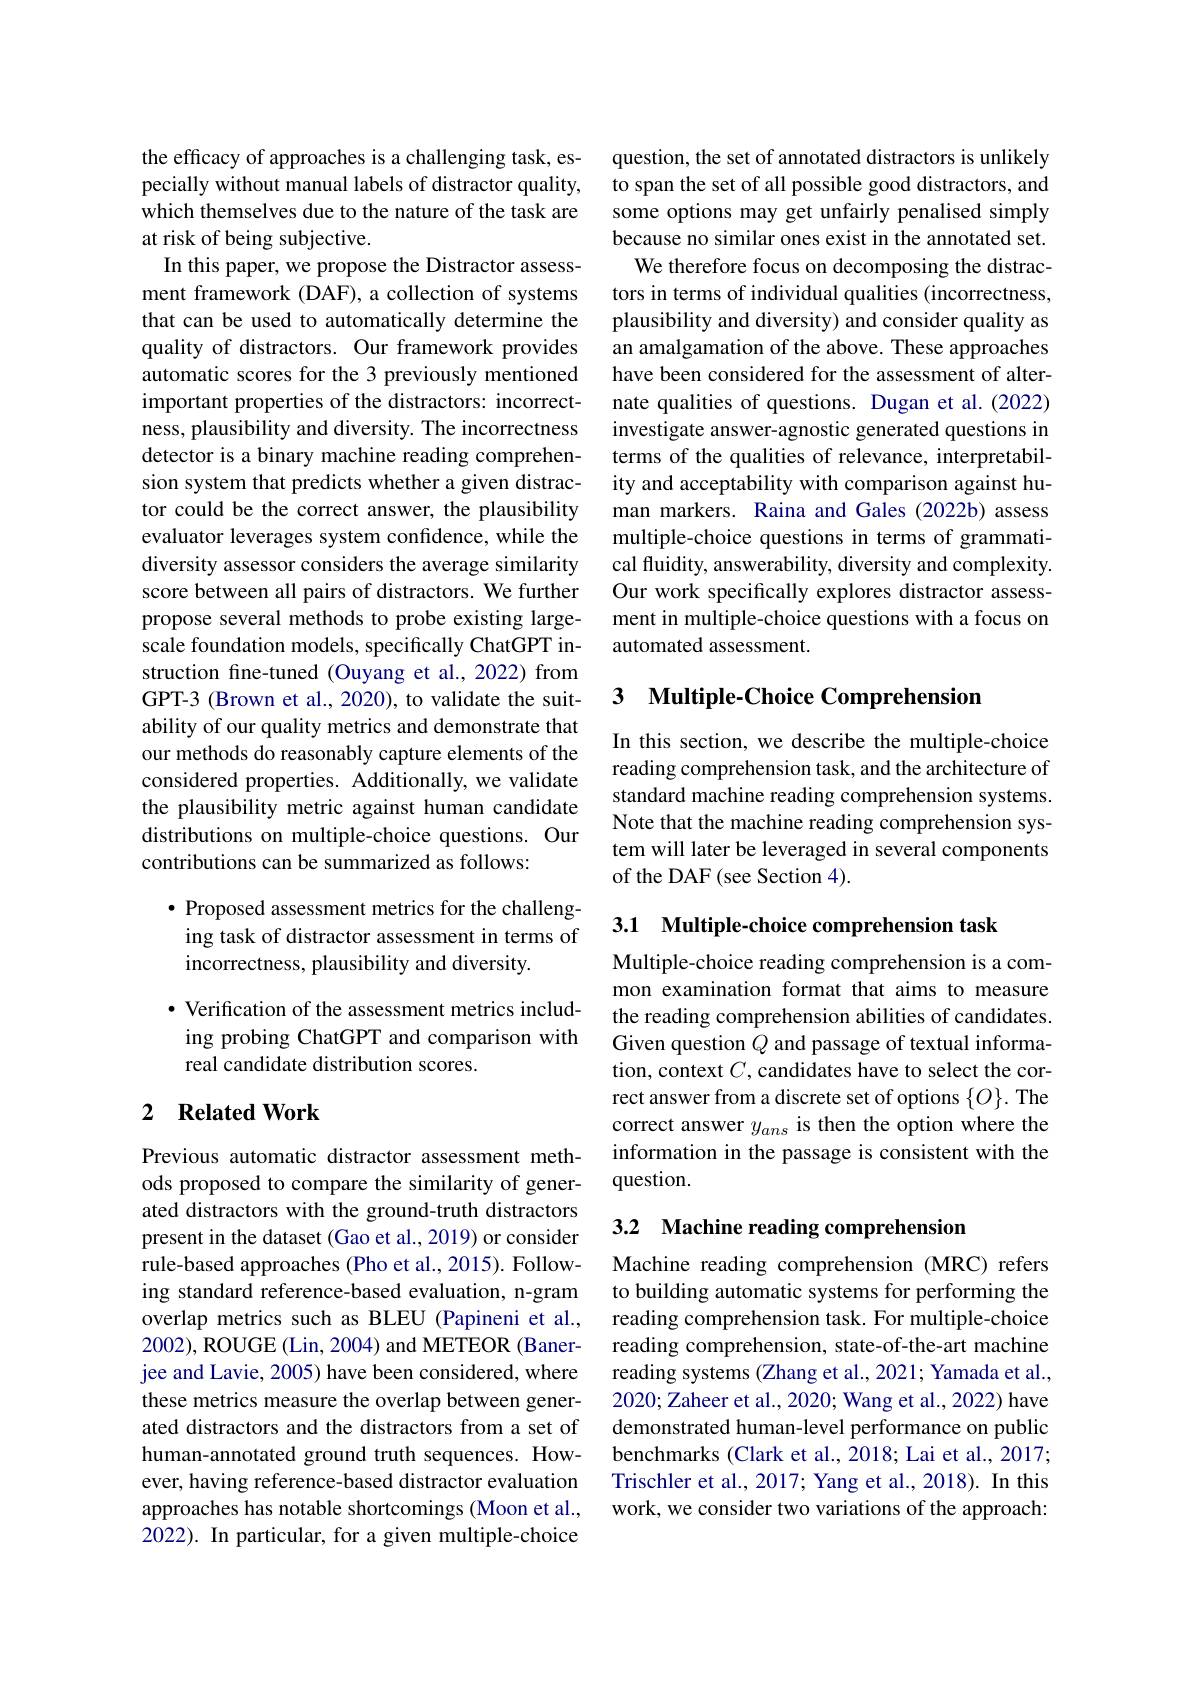
the efficacy of approaches is a challenging task, especially without manual labels of distractor quality, which themselves due to the nature of the task are at risk of being subjective.
In this paper, we propose the Distractor assessment framework (DAF), a collection of systems that can be used to automatically determine the quality of distractors. Our framework provides automatic scores for the 3 previously mentioned important properties of the distractors: incorrectness, plausibility and diversity. The incorrectness detector is a binary machine reading comprehension system that predicts whether a given distractor could be the correct answer, the plausibility evaluator leverages system confidence, while the diversity assessor considers the average similarity score between all pairs of distractors. We further propose several methods to probe existing largescale foundation models, specifically ChatGPT instruction fine-tuned (Ouyang et al.,2022) from GPT-3 (Brown et al., 2020), to validate the suitability of our quality metrics and demonstrate that our methods do reasonably capture elements of the considered properties. Additionally, we validate the plausibility metric against human candidate distributions on multiple-choice questions. Our contributions can be summarized as follows:
$\bullet$ Proposed assessment metrics for the challeng-

## ing task of distractor assessment in terms of incorrectness, plausibility and diversity.

$\bullet$ Verification of the assessment metrics including probing ChatGPT and comparison with real candidate distribution scores.

## 2 $\textbf{Related Work}$

Previous automatic distractor assessment methods proposed to compare the similarity of generated distractors with the ground-truth distractors present in the dataset (Gao et al., 2019) or consider rule-based approaches (Pho et al., 2015). Following standard reference-based evaluation, n-gram overlap metrics such as BLEU (Papineni et al., 2002), ROUGE (Lin, 2004) and METEOR (Banerjee and Lavie, 2005) have been considered, where these metrics measure the overlap between generated distractors and the distractors from a set of human-annotated ground truth sequences. However, having reference-based distractor evaluation approaches has notable shortcomings (Moon et al., 2022). In particular, for a given multiple-choice

question, the set of annotated distractors is unlikely to span the set of all possible good distractors, and some options may get unfairly penalised simply because no similar ones exist in the annotated set.
We therefore focus on decomposing the distractors in terms of individual qualities (incorrectness, plausibility and diversity) and consider quality as an amalgamation of the above. These approaches have been considered for the assessment of alternate qualities of questions. Dugan et al. (2022) investigate answer-agnostic generated questions in terms of the qualities of relevance, interpretability and acceptability with comparison against human markers. Raina and Gales (2022b) assess multiple-choice questions in terms of grammatical fluidity, answerability, diversity and complexity. Our work specifically explores distractor assessment in multiple-choice questions with a focus on automated assessment.

## 3 Multiple-Choice Comprehension

In this section, we describe the multiple-choice reading comprehension task, and the architecture of standard machine reading comprehension systems. Note that the machine reading comprehension system will later be leveraged in several components of the DAF(see Section 4).

3.1 Multiple-choice comprehension task

Multiple-choice reading comprehension is a common examination format that aims to measure the reading comprehension abilities of candidates. Given question $Q$ and passage of textual information, context $C$, candidates have to select the correct answer from a discrete set of options $\{O\}.$ The correct answer $y_{ans}$ is then the option where the information in the passage is consistent with the question.

## 3.2 Machine reading comprehension

Machine reading comprehension (MRC) refers to building automatic systems for performing the reading comprehension task. For multiple-choice reading comprehension, state-of-the-art machine reading systems (Zhang et al., 2021; Yamada et al., 2020; Zaheer et al., 2020; Wang et al., 2022) have demonstrated human-level performance on public benchmarks (Clark et al., 2018; Lai et al., 2017; Trischler et al., 2017; Yang et al., 2018). In this work, we consider two variations of the approach: